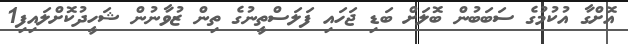
އޮށްގާ އުކުމުގެ ސަބަބުން ބޮލަށް ބަޑި ޖަހައި ފަލަސްތީނުގެ ތިން ޒުވާނުން ޝަހީދުކޮށްލައިފި1